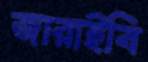
জারাইবি